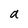
Character: a